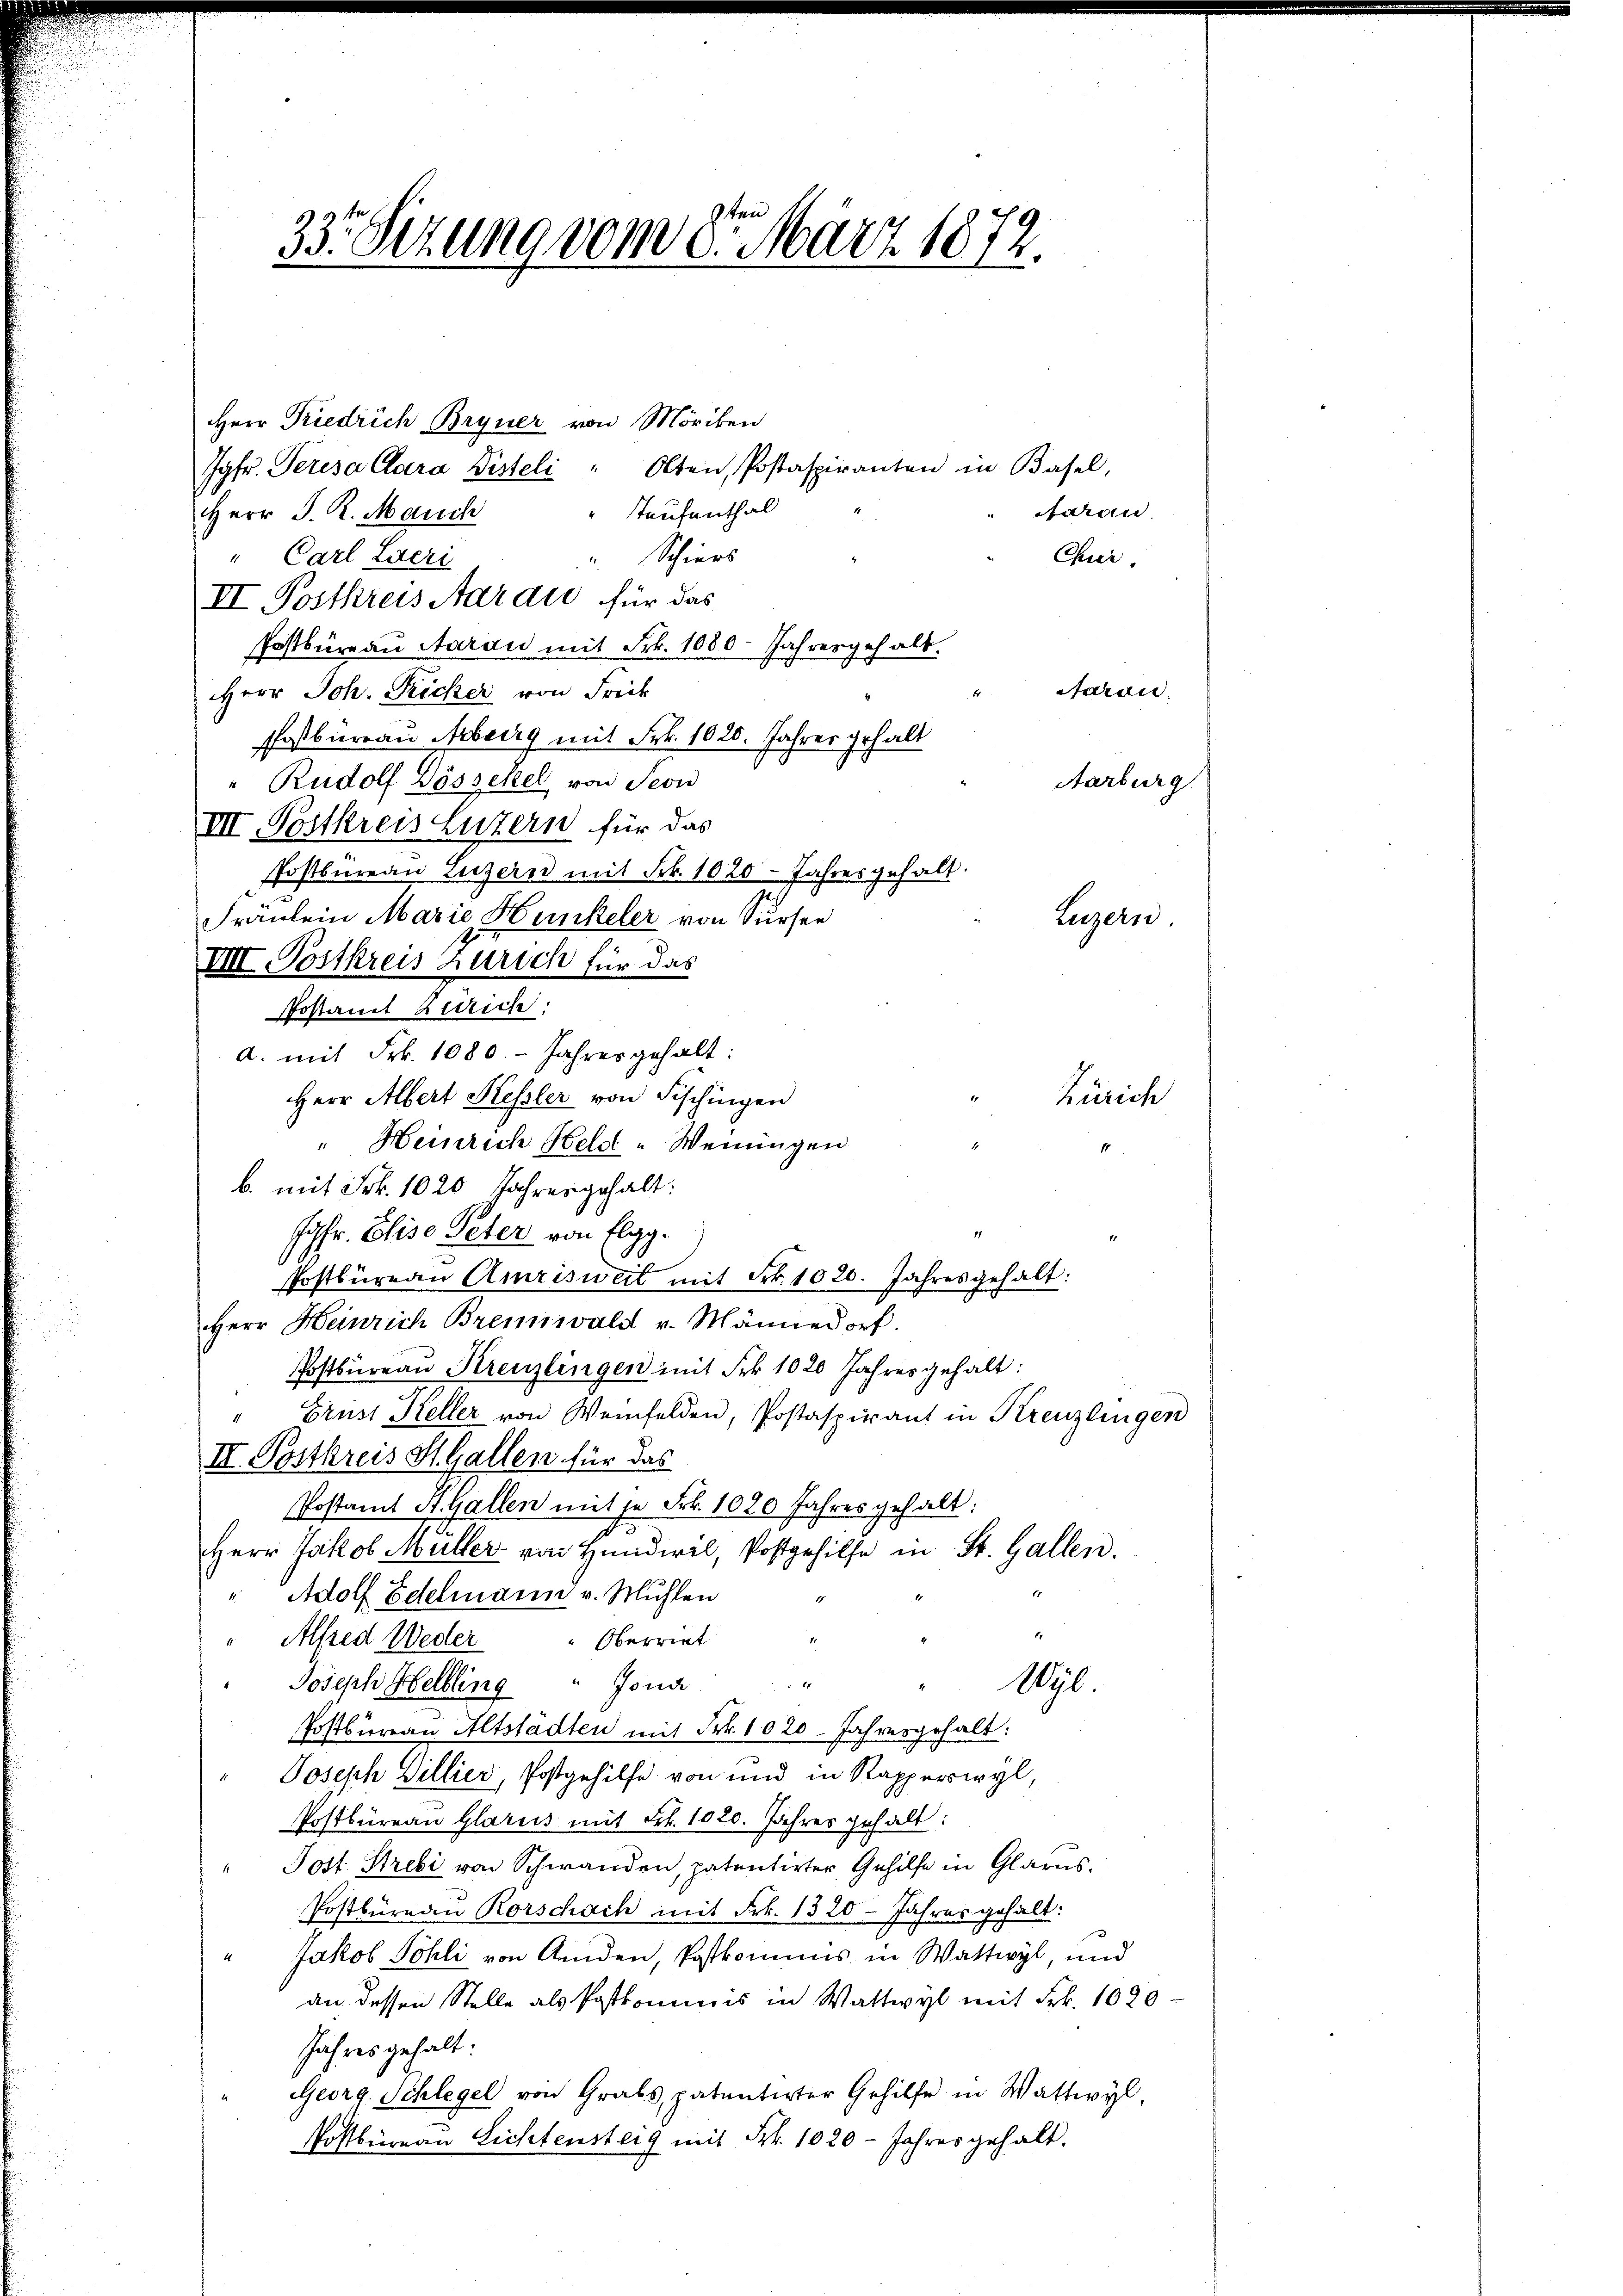
33. Sizung vom 8. März 1872.

Herr Friedrich Bryner von Möriken
Jgfr. Peresa Clara Listeli " Olten, Postaspiranten in Basel,
" Taufenthal
dran
Herr J. R. Mauch
Schiers
Chier.
" Carl Laeri
.
II Postkreis Aaraus für das
Postbüreau daran mit Frk. 1080. Jahresgehalt.
Saran.
Herr Joh. Richer von Freik
Pasbureau Arberg mit Frk. 1025. Jahres gehalt
Rudolf Vössekel von Seon
Aarburg
III. Postkreis Luzern für das
Postbureau Luzern mit Frk. 1020 Jahresgehalt.
Fräulein Marie Hunkeler von Surser
VIII. Postkreis Zürich für das
Postamt Zürich:
a. mit Frk. 1080. - Jahres gehalt:
Herr Albert Hessler von Fischingen
Zürich
" Heinrich Held -Weningen
b. mit Frk. 1020 Jahresgehalt:
Jgfr. Elise Peter von Elgg.
11.
Postbüreau Amrisweit mit Frk. 1020. Jahresgehalt:
Herr Heinrich Brennwald v. Männedorf.
Postbüreau Kreuzlingen mit Frk. 1020 Jahres gehalt:
Brust Steller von Weinfelden, Postaspirant in Kreuzlingen
II. Postkreis St. Gallen für das
Postanzt A. Gallen mit je Frk. 1020 Jahres gehalt:
Herr Jakob Müller von Hundivil, Postgehilfe in St. Gallen.
" Adolf Edelmann v. Mühlen
1
Oberriet
 Alfred Weder

Nÿl
Joseph Helbling " Jona
Postbureau Altstädten mit Frk. 1020. Jahresgehalt:
Joseph Billier, Postgehilfe von und in Rapperswyl,
Postbüreau Glarus mit Frk. 1020. Jahres gehalt:
Post. Strebi von Schwanden, patentirter Gehilfe in Glarus.
Postbüreau Rorschach mit Frk. 1320. Jahres gehalt:
Jakob Sohli von Amden, Postkommis in Wattwyl, und
an dessen Stelle als Postkommnis in Wattwyl mit Frk. 1020
Jahres gehalt:
Georg Schlegel von Grabs, patentirter Gehilfe in Wattwyl
Postbüreau Lichtensteig mit Frk. 1020 - Jahres gehalt.

Luzern